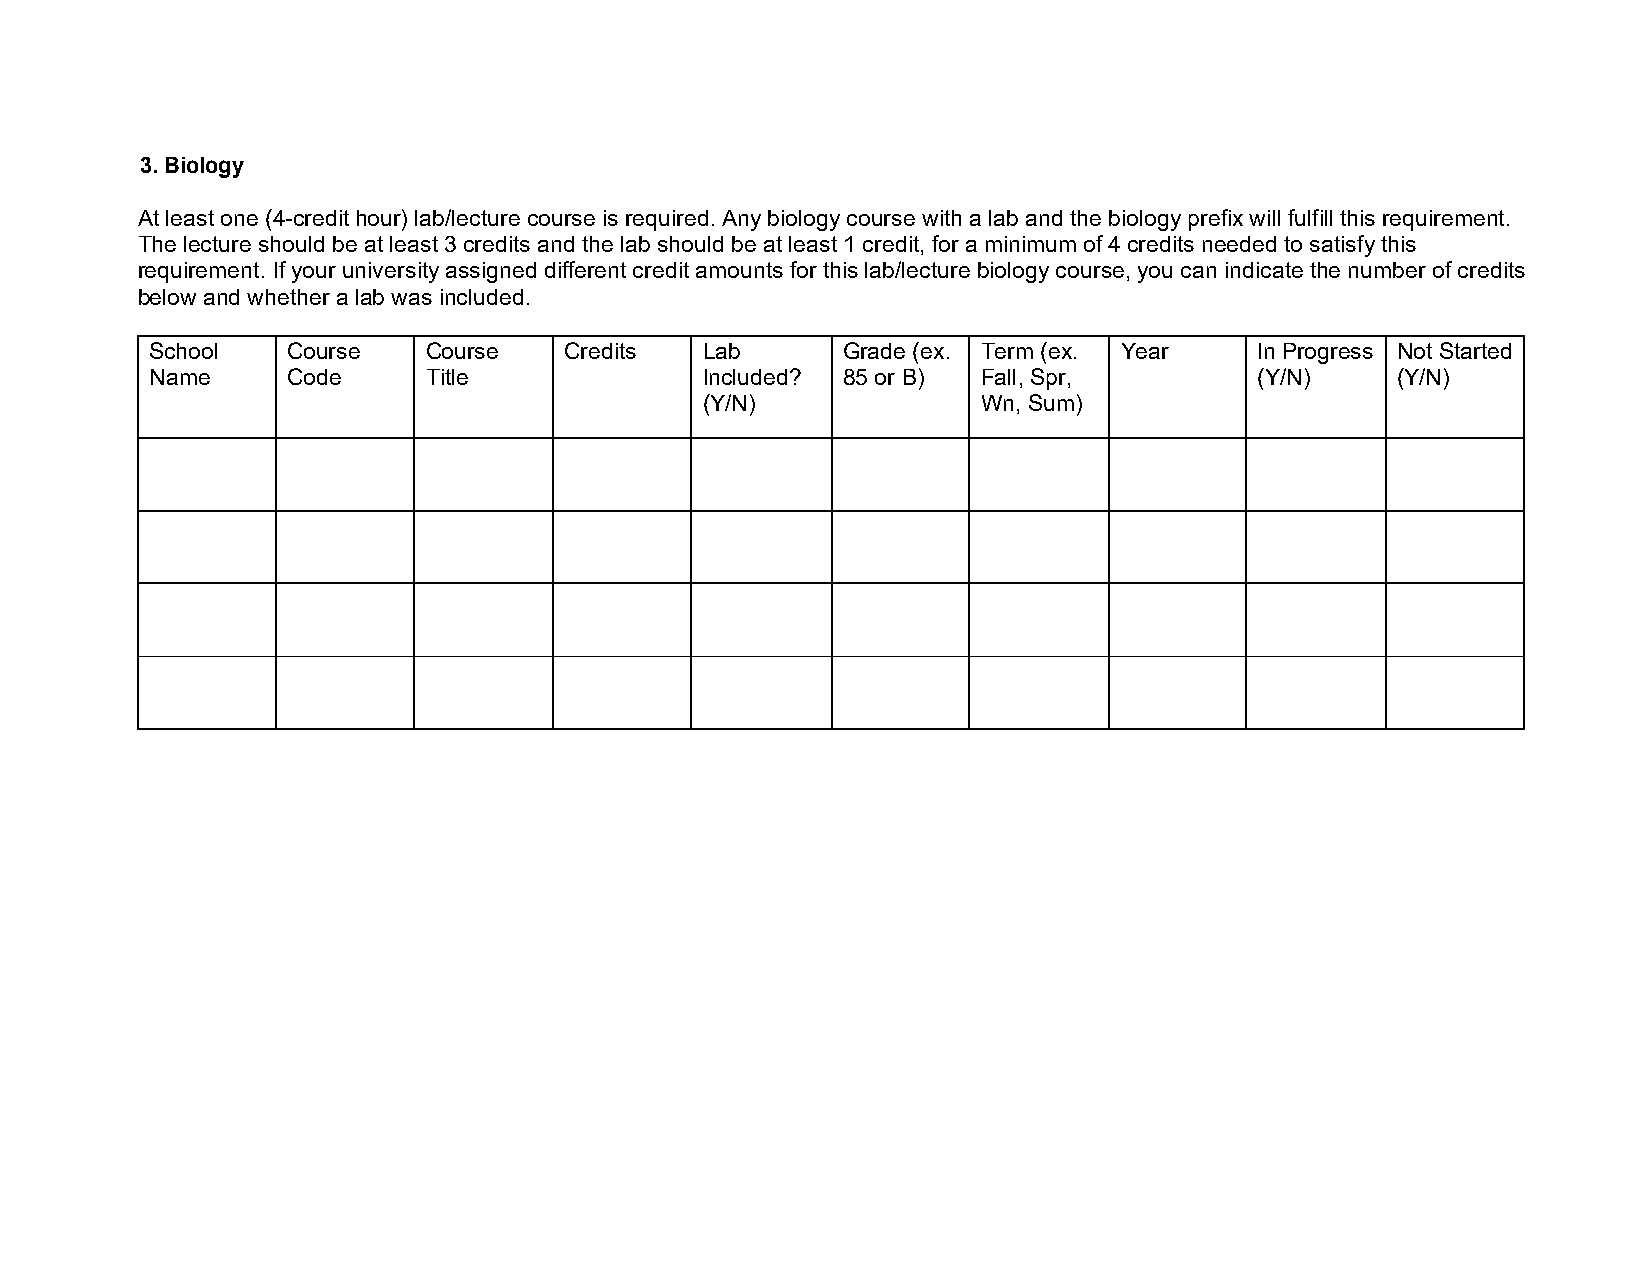
3. Biology
 At least one (4-credit hour) lab/lecture course is required. Any biology course with a lab and the biology prefix will fulfill this requirement.
 The lecture should be at least 3 credits and the lab should be at least 1 credit, for a minimum of 4 credits needed to satisfy this
 requirement. If your university assigned different credit amounts for this lab/lecture biology course, you can indicate the number of credits
 below and whether a lab was included.
 School   Course   Course   Credits  Lab       Grade (ex. Term (ex. Year  In Progress Not Started
 Name     Code     Title             Included? 85 or B) Fall, Spr,        (Y/N)    (Y/N)
 (Y/N)              Wn, Sum)